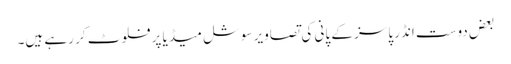
بعض دوست انڈر پاسز کے پانی کی تصاویر سوشل میڈیا پر فلوٹ کر رہے ہیں۔